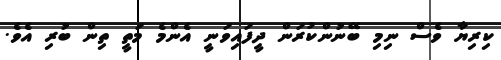
ކިރިޔާ ވެސް ނިމި ބޭނުންކުރަން ދީފައިވަނީ އެންމެ މަތީ ތިން ބުރި އެވެ.